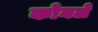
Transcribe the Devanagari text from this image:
कोनले